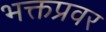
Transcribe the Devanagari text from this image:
भक्तप्रवर